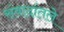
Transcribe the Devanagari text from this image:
संवादांतले